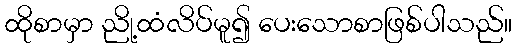
ထိုစာမှာ ညို့ထံလိပ်မူ၍ ပေးသောစာဖြစ်ပါသည်။